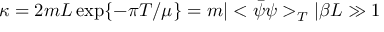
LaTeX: \kappa = 2 m L \exp \{ - \pi T / \mu \} = m | < \bar { \psi } \psi > _ { T } | \beta L \gg 1